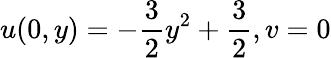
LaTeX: u(0,y)=-\frac{3}{2}y^{2}+\frac{3}{2},v=0